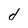
Character: d